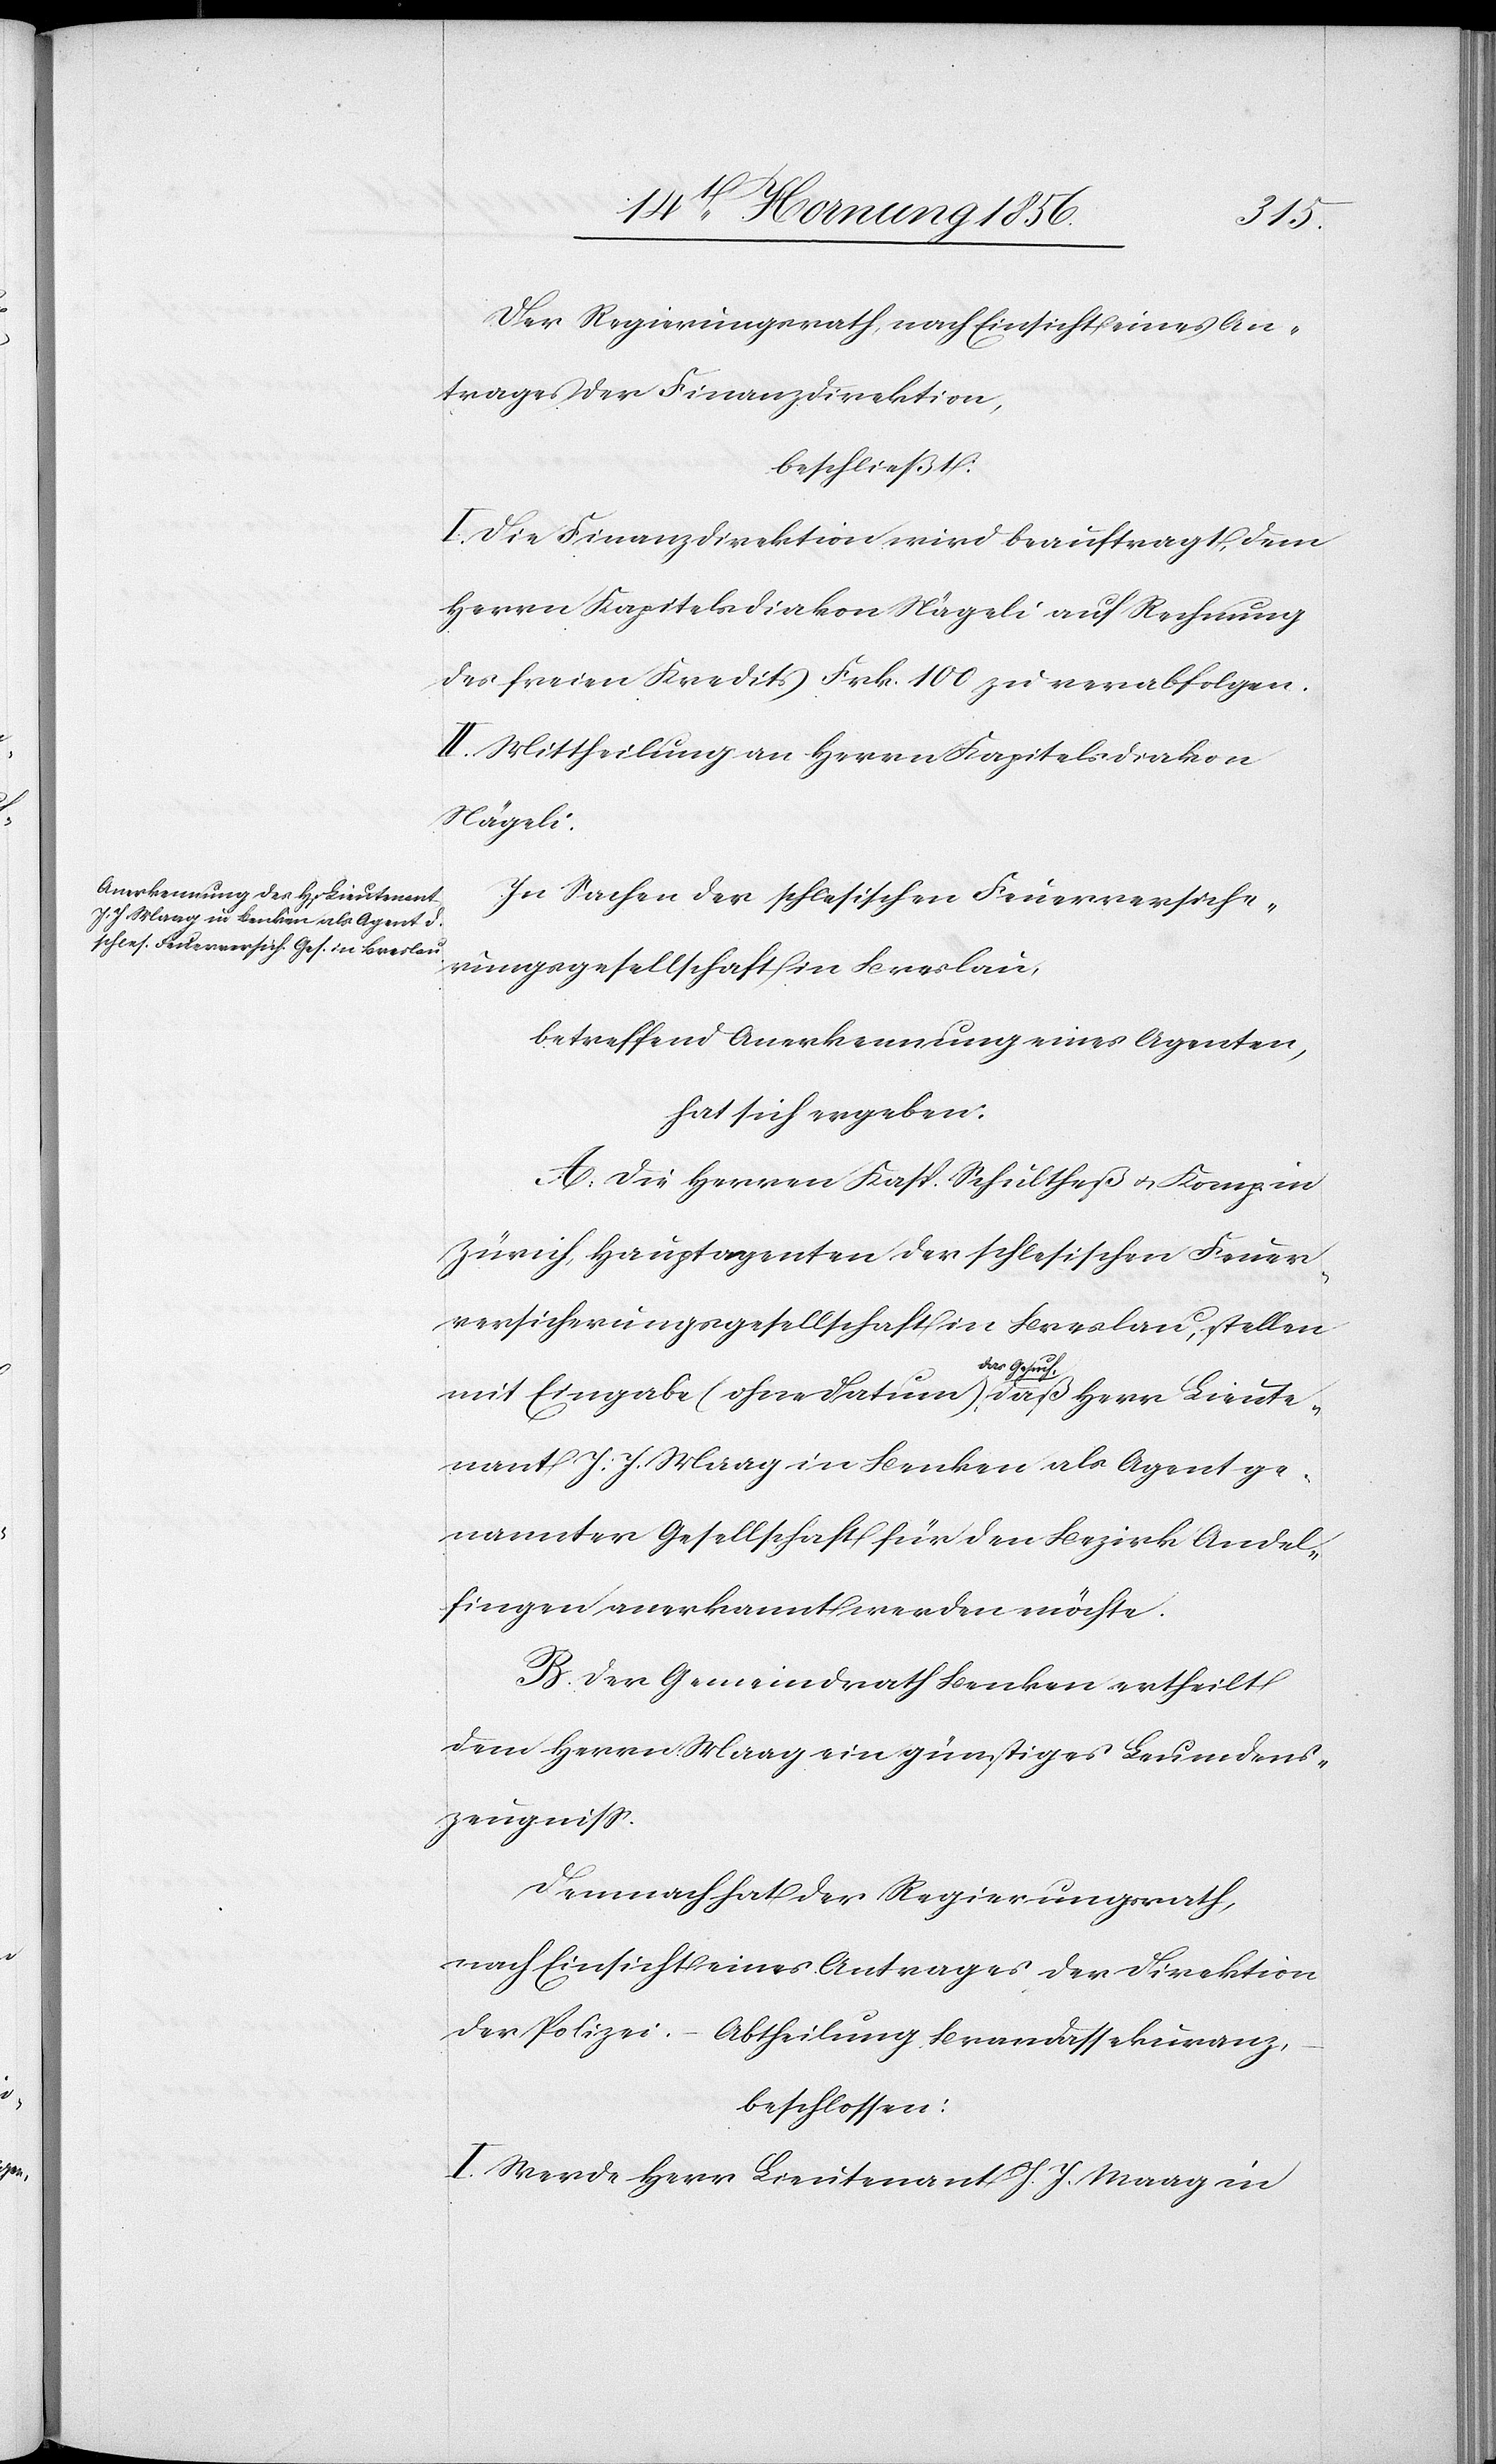
daß
Der Regierungsrath nach Einsicht eines An¬
trages der Finanzdirektion,
beschließt:
I. Die Finanzdirektion wird beauftragt, dem
Herrn Kapitelsdiakon Nägeli auf Rechnung
des freien Kredits Frk. 100 zu verabfolgen.
II. Mittheilung an Herrn Kapitelsdiakon
Nägeli.
In Sachen der schlesischen Feuerversiche¬
rungsgesellschaft in Breslau,
betreffend Anerkennung eines Agenten,
hat sich ergeben:
A. Die Herren Kasp. Schultheß u. Komp. in
Zürich, Hauptagenten der schlesischen Feuer¬
versicherungsgesellschaft in Breslau, stellen
Herr Lieute¬
nant J. J. Maag in Benken als Agent ge¬
nannter Gesellschaft für den Bezirk Andel¬
fingen anerkannt werden möchte.
B. Der Gemeindrath Benken ertheilt
dem Herrn Maag ein günstiges Leumdens¬
zeugniß.
Demnach hat der Regierungsrath,
nach Einsicht eines Antrages der Direktion
der Polizei. – Abtheilung Brandassekuranz,
beschlossen:
I. Werde Herr Lieutenant J. J. Maag in